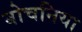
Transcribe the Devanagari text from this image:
बोचनिया